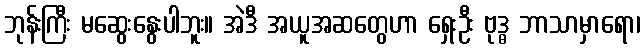
ဘုန်းကြီး မဆွေးနွေးပါဘူး။ အဲဒီ အယူအဆတွေဟာ ရှေးဦး ဗုဒ္ဓ ဘာသာမှာရော၊